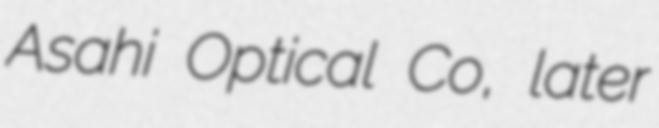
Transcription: Asahi Optical Co, later